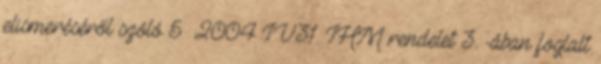
elismeréséről szóló 5 2004 IV.31. IHM rendelet 3.§-ában foglalt